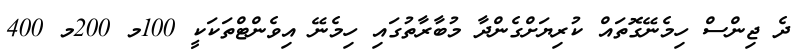
ދެ ޖިންސް ހިމެނޭގޮތައް ކުރިޔަށްގެންދާ މުބާރާތުގައި ހިމެނޭ އިވެންޓްތަކަކީ 100މ 200މ 400